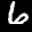
Label: 6